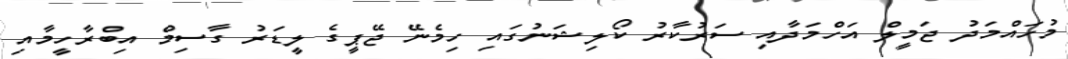
މުހައްމަދު ޖަމީލް އަހްމަދާއި ސަރުކާރު ކޯލިޝަނުގައި ހިމެނޭ ޖޭޕީގެ ލީޑަރު ގާސިމް އިބްރާހީމާއި